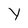
Character: Y